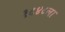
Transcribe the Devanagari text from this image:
१८४८ला